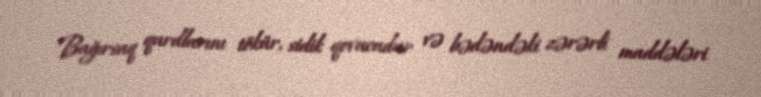
Bağırsaq qurdlarını tökür, sidik qovucudur və bədəndəki zərərli maddələri